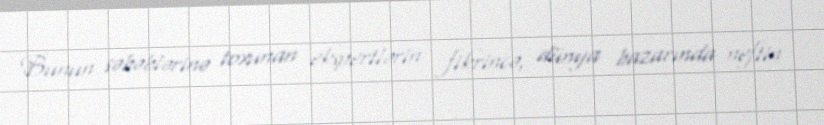
Bunun səbəblərinə toxunan ekspertlərin fikrincə, dünya bazarında neftin